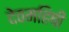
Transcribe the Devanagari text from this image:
देवमहिषी